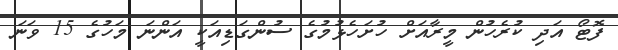
ފޮޓޯ އަދި ކުރެހުން މީރާއަށް ހުށަހެޅުމުގެ ސުންގަޑިއަކީ އަންނަ މަހުގެ 15 ވަނަ